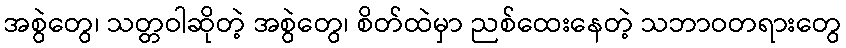
အစွဲတွေ၊ သတ္တဝါဆိုတဲ့ အစွဲတွေ၊ စိတ်ထဲမှာ ညစ်ထေးနေတဲ့ သဘာဝတရားတွေ